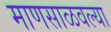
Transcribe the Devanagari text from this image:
माणसाळवल्या